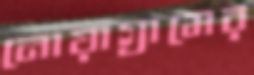
নোয়াগ্রামের